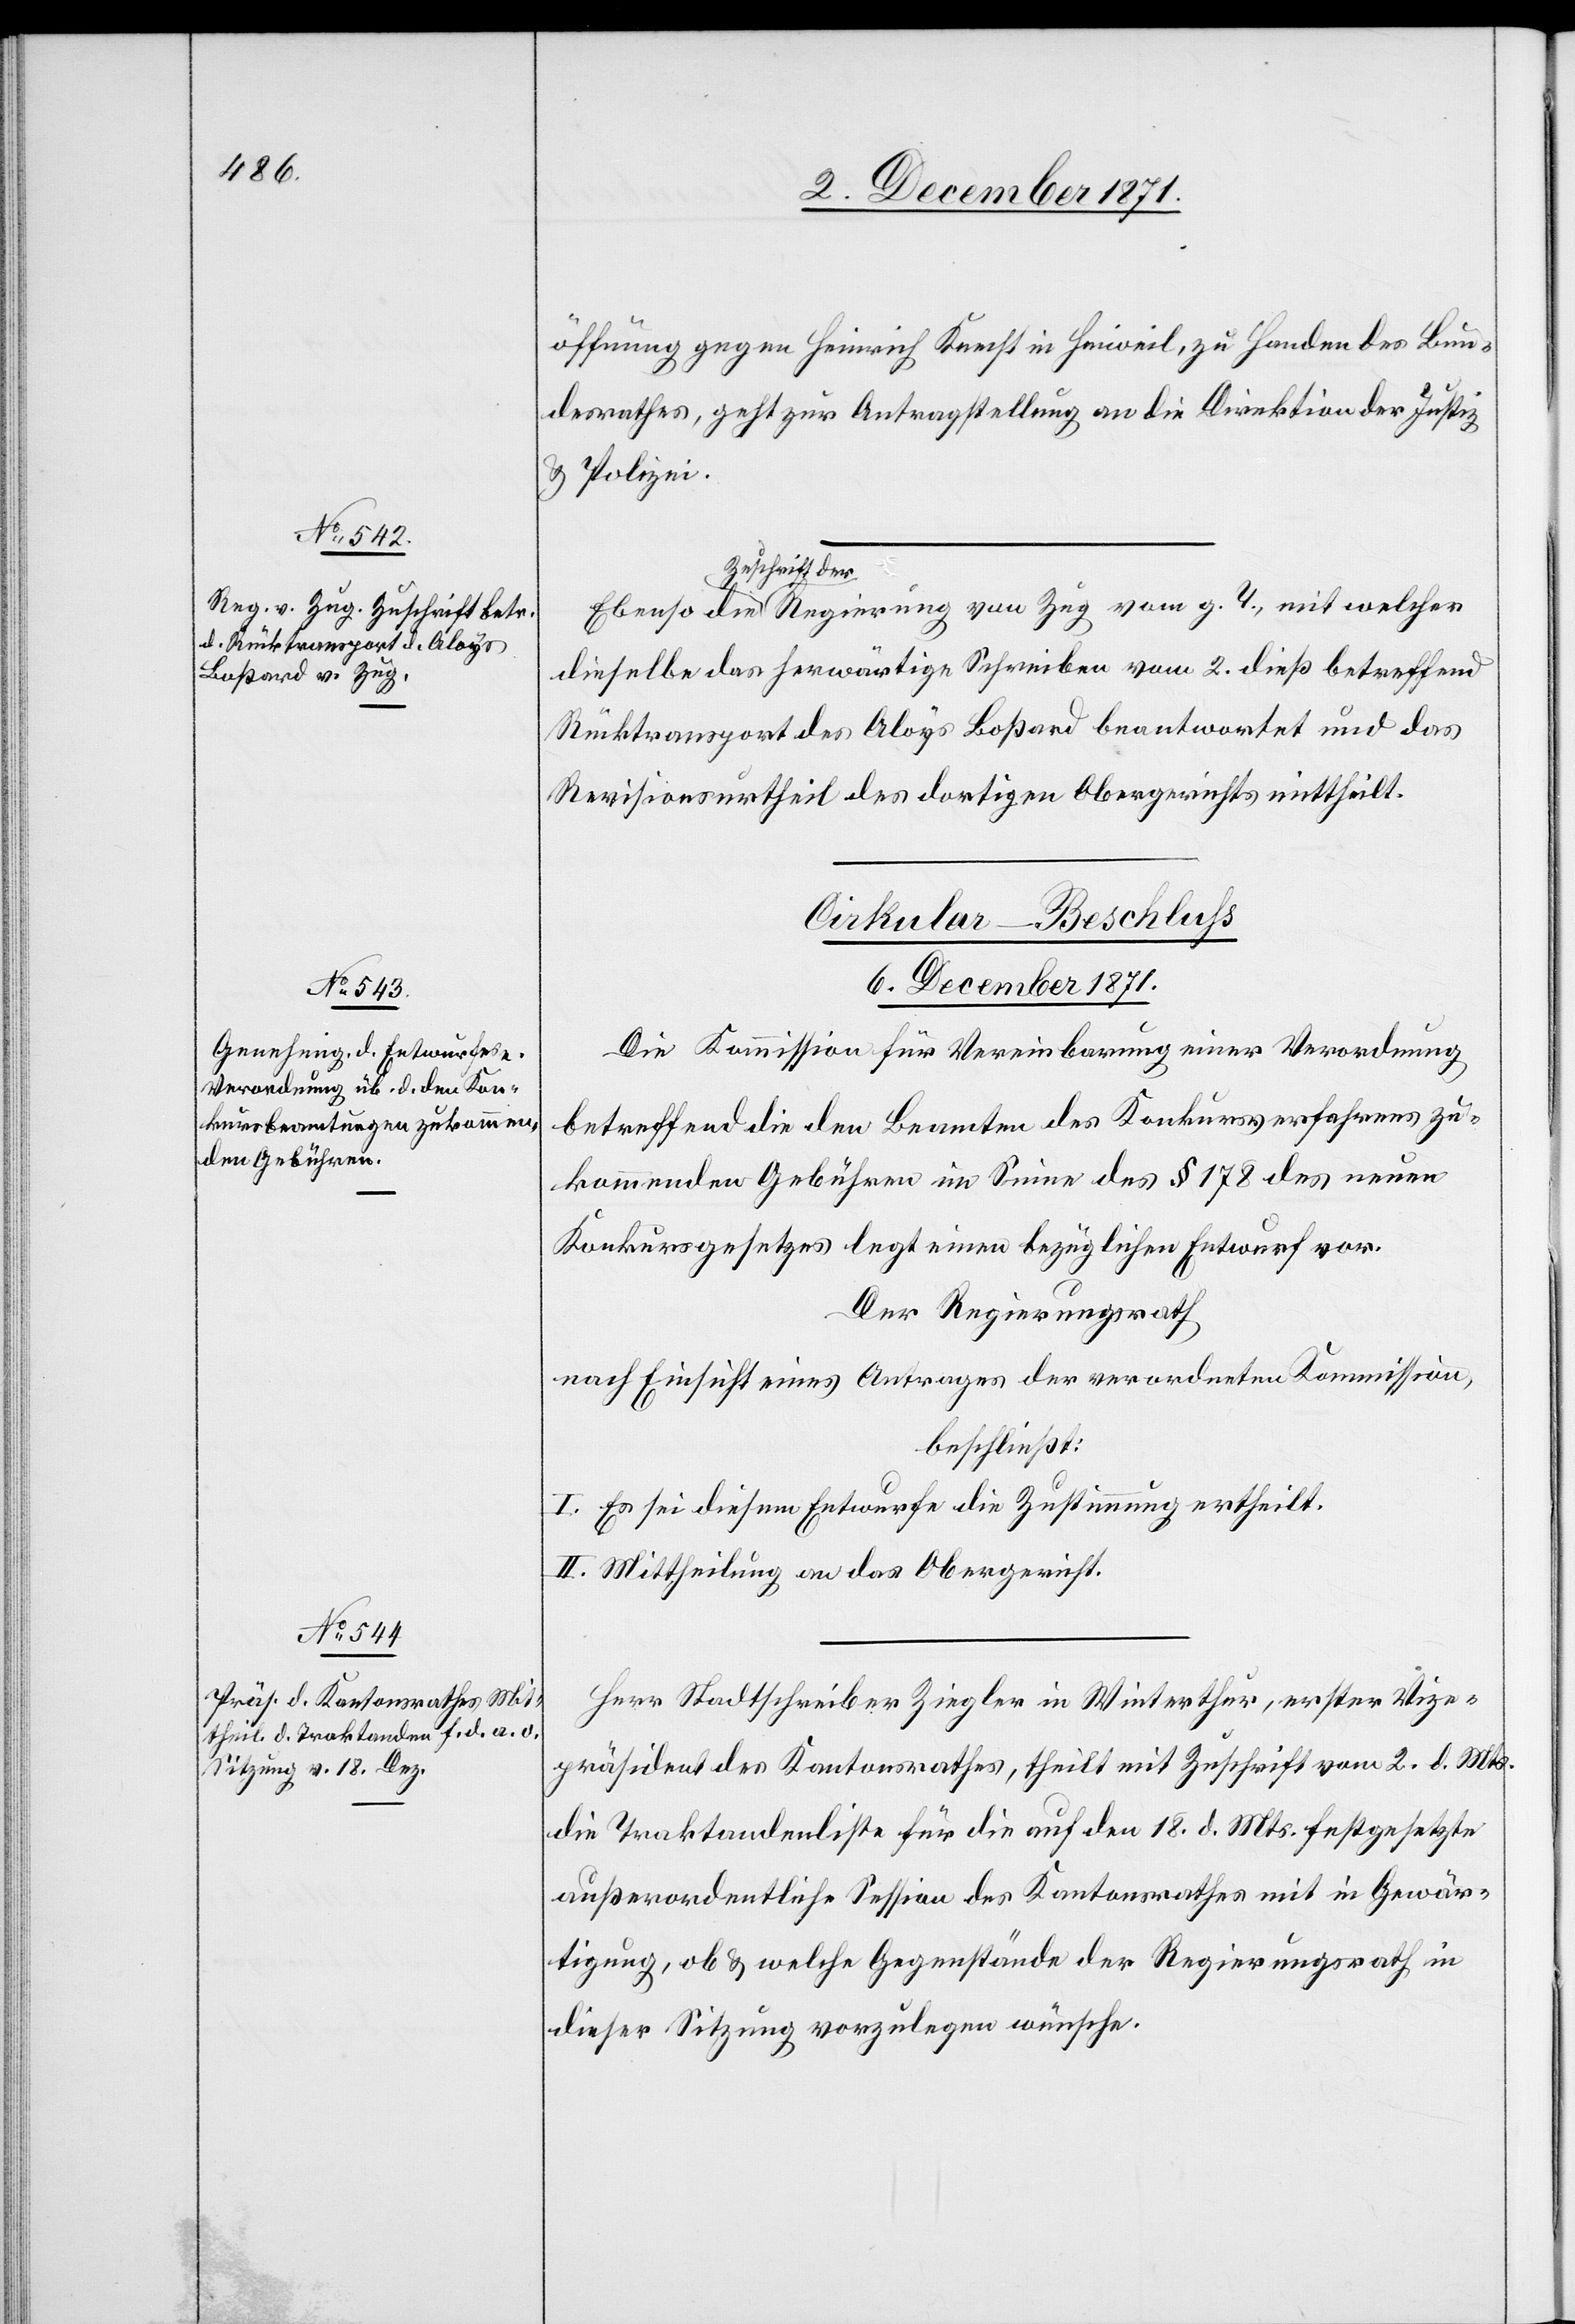
öffnung gegen Heinrich Knecht in Hinweil, zu Handen des Bun¬
desrathes, geht zur Antragstellung an die Direktion der Justiz
& Polizei.
a-Zuschrift der-a
dieselbe das herwärtige Schreiben vom 2. dieß betreffend
Rücktransport des Aloys Boßard beantwortet und das
Revisionsurtheil des dortigen Obergerichts mittheilt.
Cirkular-Beschluss
6. December 1871.]
Die Kommission für Vereinbarung einer Verordnung
betreffend die den Beamten des Konkursverfahrens zu¬
kommenden Gebühren im Sinne des § 178 des neuen
Konkursgesetzes legt einen bezüglichen Entwurf vor.
Der Regierungsrath
nach Einsicht eines Antrages der verordneten Kommission,
beschließt:
I. Es sei diesem Entwurfe die Zustimmung ertheilt.
II. Mittheilung an das Obergericht.
Herr Stadtschreiber Ziegler in Winterthur, erster Vize¬
präsident des Kantonsrathes, theilt mit Zuschrift vom 2. d. Mts.
die Traktandenliste für die auf den 18. d. Mts. festgesetzte
außerordentliche Session des Kantonsrathes mit in Gewär¬
tigung, ob & welche Gegenstände der Regierungsrath in
dieser Sitzung vorzulegen wünsche.